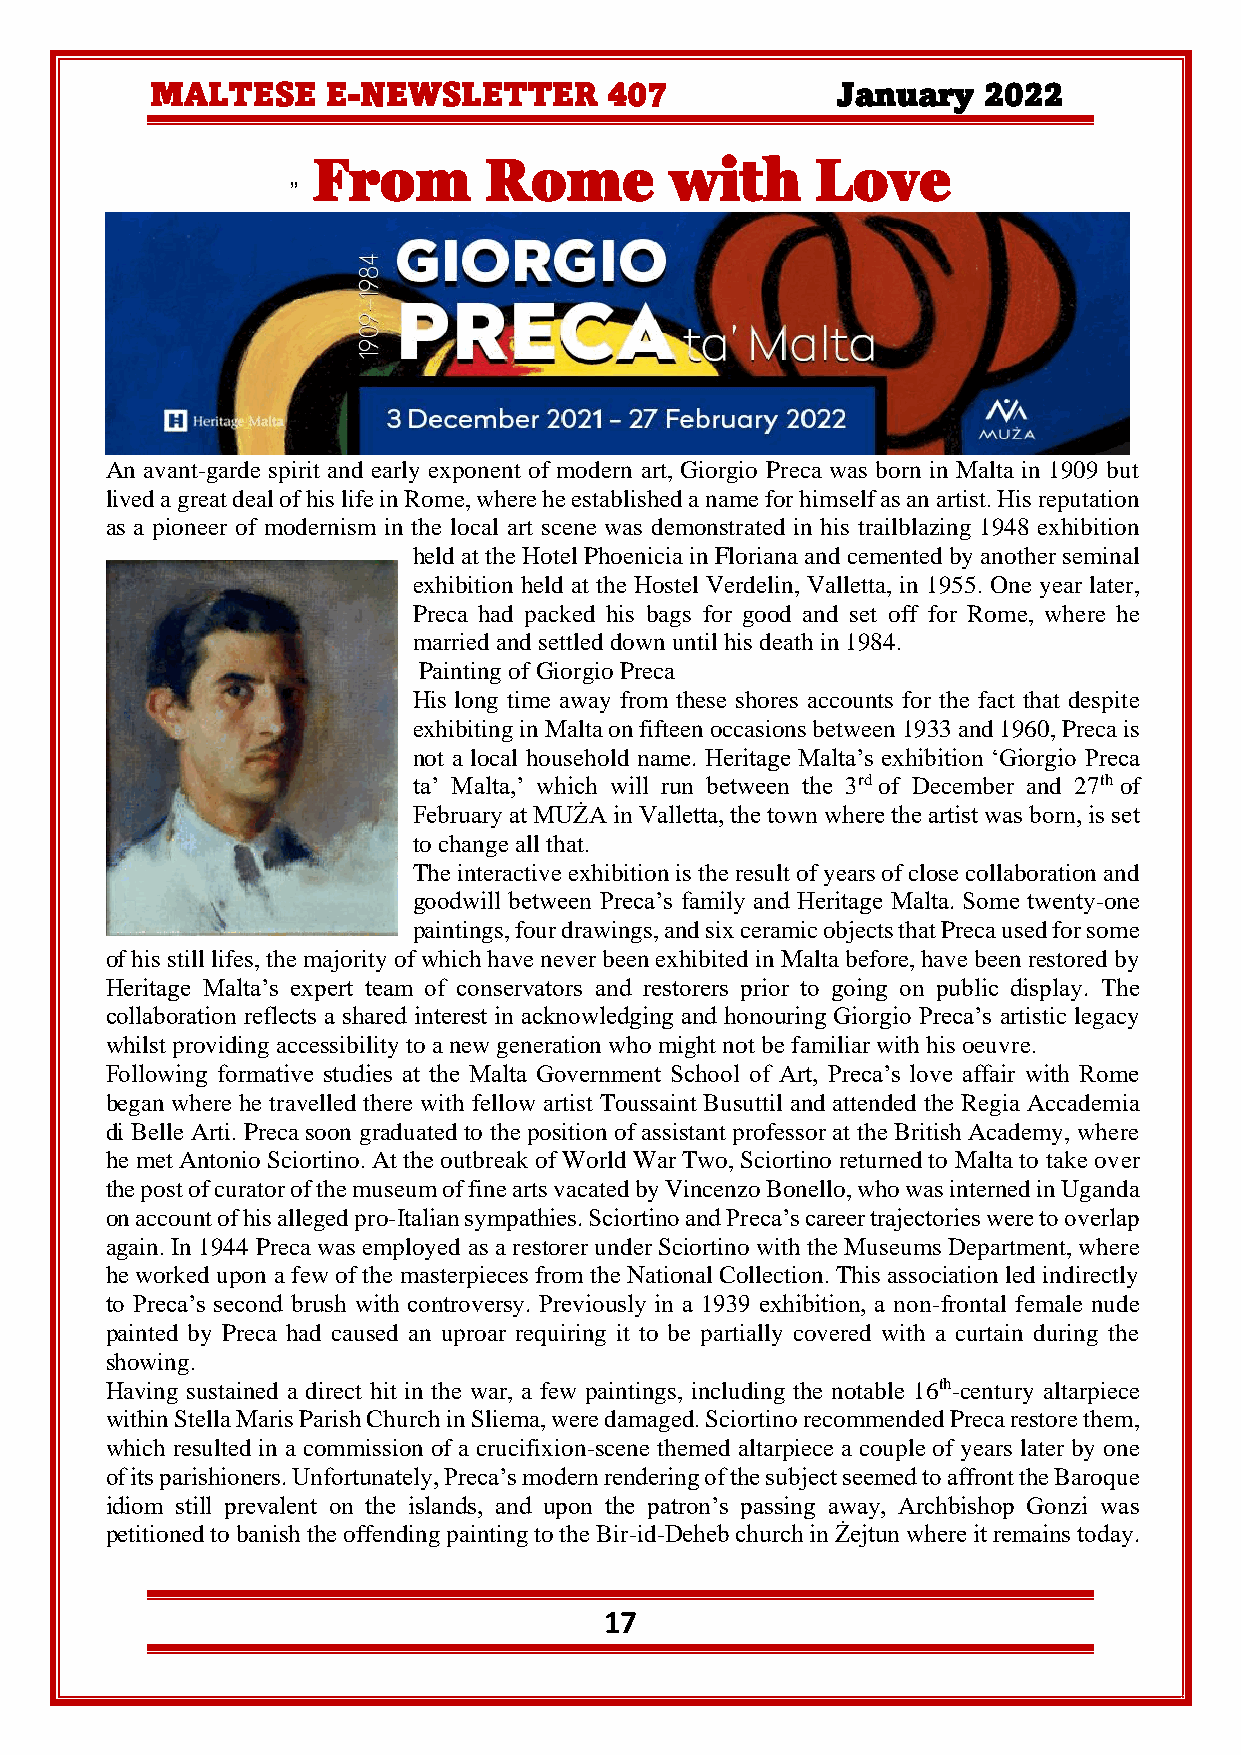
MALTESE     E-NEWSLETTER      407            January   2022
 From       Rome        with      Love
 ”
 An avant-garde spirit and early exponent of modern art, Giorgio Preca was born in Malta in 1909 but
 lived a great deal of his life in Rome, where he established a name for himself as an artist. His reputation
 as a pioneer of modernism in the local art scene was demonstrated in his trailblazing 1948 exhibition
 held at the Hotel Phoenicia in Floriana and cemented by another seminal
 exhibition held at the Hostel Verdelin, Valletta, in 1955. One year later,
 Preca had packed his bags for good and set off for Rome, where he
 married and settled down until his death in 1984.
 Painting of Giorgio Preca
 His long time away from these shores accounts for the fact that despite
 exhibiting in Malta on fifteen occasions between 1933 and 1960, Preca is
 not a local household name. Heritage Malta’s exhibition ‘Giorgio Preca
 ta’ Malta,’ which will run between the 3rd of December and 27th of
 February at MUŻA in Valletta, the town where the artist was born, is set
 to change all that.
 The interactive exhibition is the result of years of close collaboration and
 goodwill between Preca’s family and Heritage Malta. Some twenty-one
 paintings, four drawings, and six ceramic objects that Preca used for some
 of his still lifes, the majority of which have never been exhibited in Malta before, have been restored by
 Heritage Malta’s expert team of conservators and restorers prior to going on public display. The
 collaboration reflects a shared interest in acknowledging and honouring Giorgio Preca’s artistic legacy
 whilst providing accessibility to a new generation who might not be familiar with his oeuvre.
 Following formative studies at the Malta Government School of Art, Preca’s love affair with Rome
 began where he travelled there with fellow artist Toussaint Busuttil and attended the Regia Accademia
 di Belle Arti. Preca soon graduated to the position of assistant professor at the British Academy, where
 he met Antonio Sciortino. At the outbreak of World War Two, Sciortino returned to Malta to take over
 the post of curator of the museum of fine arts vacated by Vincenzo Bonello, who was interned in Uganda
 on account of his alleged pro-Italian sympathies. Sciortino and Preca’s career trajectories were to overlap
 again. In 1944 Preca was employed as a restorer under Sciortino with the Museums Department, where
 he worked upon a few of the masterpieces from the National Collection. This association led indirectly
 to Preca’s second brush with controversy. Previously in a 1939 exhibition, a non-frontal female nude
 painted by Preca had caused an uproar requiring it to be partially covered with a curtain during the
 showing.
 Having sustained a direct hit in the war, a few paintings, including the notable 16th-century altarpiece
 within Stella Maris Parish Church in Sliema, were damaged. Sciortino recommended Preca restore them,
 which resulted in a commission of a crucifixion-scene themed altarpiece a couple of years later by one
 of its parishioners. Unfortunately, Preca’s modern rendering of the subject seemed to affront the Baroque
 idiom still prevalent on the islands, and upon the patron’s passing away, Archbishop Gonzi was
 petitioned to banish the offending painting to the Bir-id-Deheb church in Żejtun where it remains today.
 17